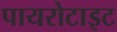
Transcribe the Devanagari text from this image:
पायरोटाइट